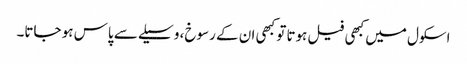
اسکول میں کبھی فیل ہوتا تو کبھی ان کے رسوخ، وسیلے سے پاس ہو جاتا۔